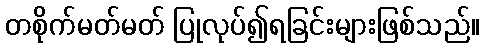
တစိုက်မတ်မတ် ပြုလုပ်၍ရခြင်းများဖြစ်သည်။